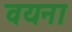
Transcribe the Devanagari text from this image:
वयना